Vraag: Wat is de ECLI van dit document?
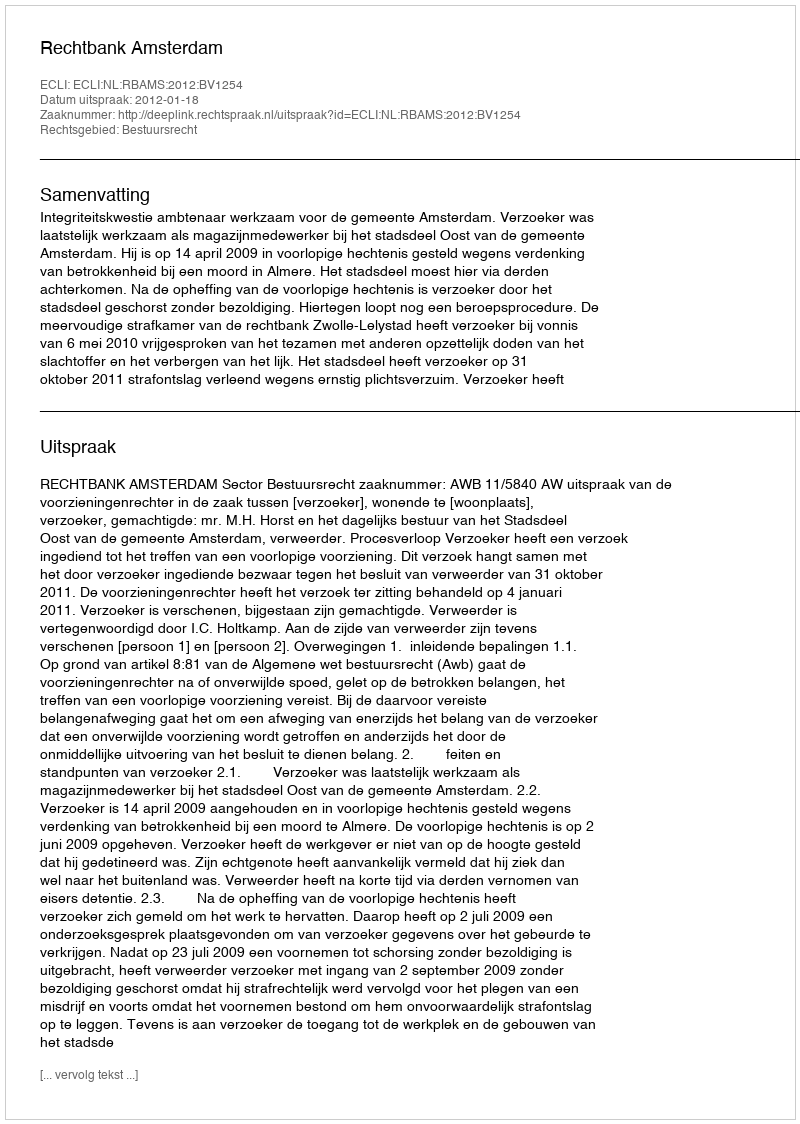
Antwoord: ECLI:NL:RBAMS:2012:BV1254